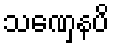
သဏှေနပိ